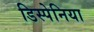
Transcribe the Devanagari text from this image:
डिस्पेनिया